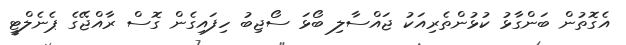
އެގޮތުން ބަންގާޅު ކުޅުންތެރިއަަކު ޖައްސާލި ބޯޅަ ސޯޖިބު ހިފައިގެން ގޮސް ރާއްޖޭގެ ޕެނެލްޓީ